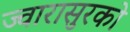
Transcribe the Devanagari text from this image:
ज्वारासुरकाे